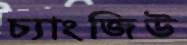
চ্যাংজিউ